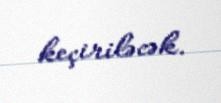
keçiriləcək.